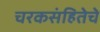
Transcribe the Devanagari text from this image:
चरकसंहितेचे